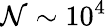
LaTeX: \mathcal{N}\sim10^{4}